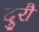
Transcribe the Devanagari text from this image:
दुरौ